Lunatic asylums in Bengal annual reports 1899-1911 - 1899-1911
Year: 1899
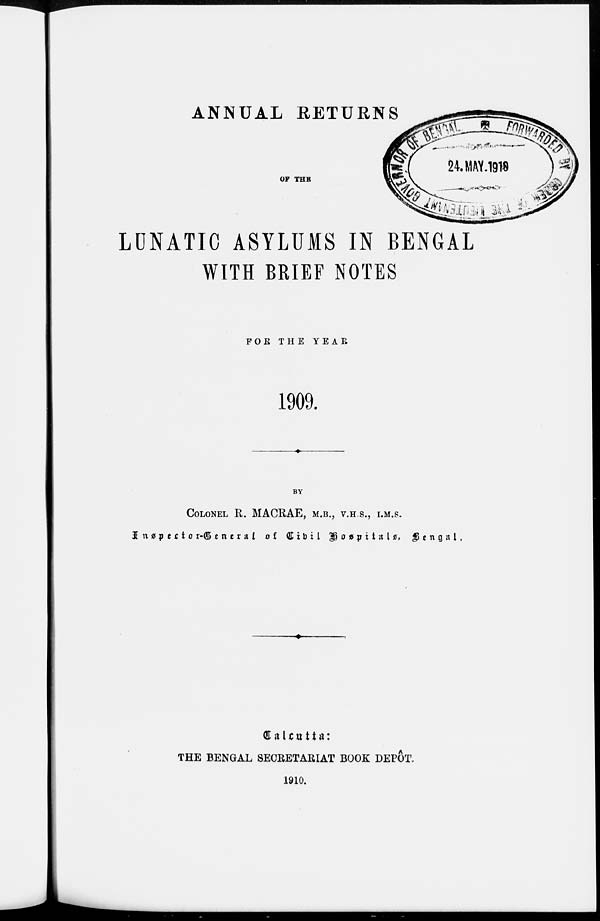
ANNUAL RETURNS
OF THE
LUNATIC ASYLUMS IN BENGAL
WITH BRIEF NOTES
FOR THE YEAR
1909.
BY
COLONEL R. MACRAE, M.B., V.H.S., I.M.S.
Inspector-General of Civil Hospitals,
Bengal.
Calcutta:
THE BENGAL SECRETARIAT BOOK DEPÔT.
1910.